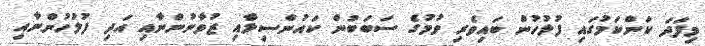
މިފަދަ ކަންކަމުގައި ފުލުހުން ބައިވެރި ވުމުގެ ސަބަބުން ކައުންސިލާއި ޒުވާނުންނާއި އަދި ފުލުހުންނާއި